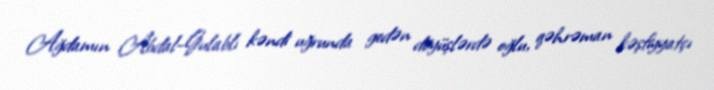
Ağdamın Abdal-Gulablı kəndi uğrunda gedən döyüşlərdə oğlu, qəhrəman kəşfiyyatçı